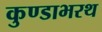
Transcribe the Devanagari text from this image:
कुण्डाभरथ